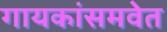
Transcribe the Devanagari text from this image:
गायकांसमवेत